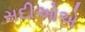
સદીઓએ